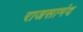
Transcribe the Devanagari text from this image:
राजसामंद